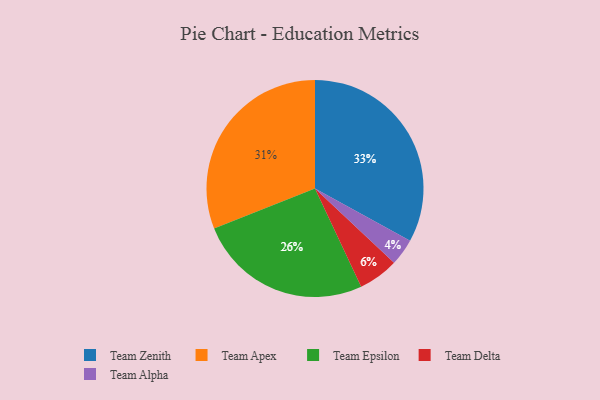
{"axis": {"x": "Category", "y": "Percentage"}, "legend": ["Team Alpha", "Team Apex", "Team Delta", "Team Epsilon", "Team Zenith"], "data": [{"x": "Team Apex", "y": 31, "type": "Team Apex"}, {"x": "Team Zenith", "y": 33, "type": "Team Zenith"}, {"x": "Team Delta", "y": 6, "type": "Team Delta"}, {"x": "Team Epsilon", "y": 26, "type": "Team Epsilon"}, {"x": "Team Alpha", "y": 4, "type": "Team Alpha"}]}